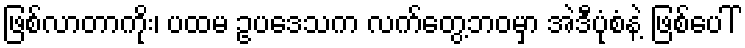
ဖြစ်လာတာကိုး၊ ပထမ ဥပဒေသက လက်တွေ့ဘဝမှာ အဲဒီပုံစံနဲ့ ဖြစ်ပေါ်